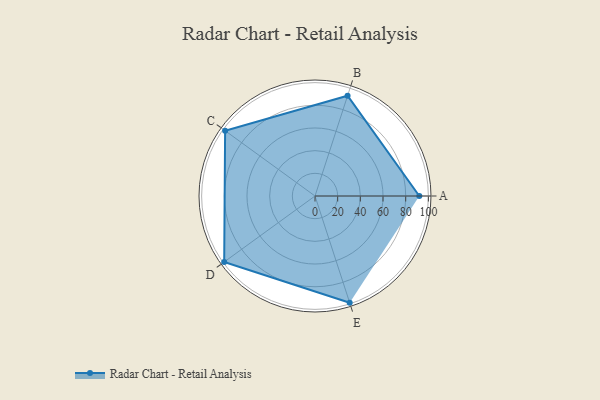
{"axis": {"x": "Skill", "y": "Score"}, "legend": ["Profile"], "data": [{"x": "A", "y": 92.0, "type": "Profile"}, {"x": "B", "y": 93.0, "type": "Profile"}, {"x": "C", "y": 98.0, "type": "Profile"}, {"x": "D", "y": 99, "type": "Profile"}, {"x": "E", "y": 99, "type": "Profile"}]}